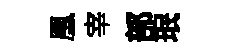
凰宰部珉